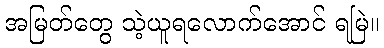
အမြတ်တွေ သဲ့ယူရလောက်အောင် ရမြဲ။